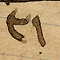
٣١